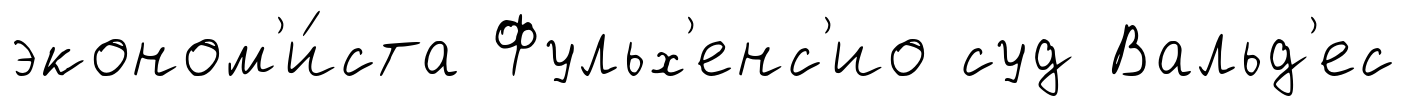
эконом'и́ста Фульх'енс'ио суд Вальд'ес